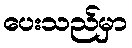
ပေးသည်မှာ